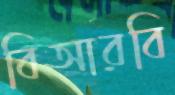
বিআরবি